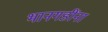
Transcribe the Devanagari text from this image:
भानगडींना